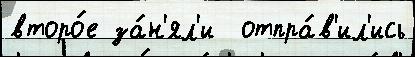
второ́е за́н'ял'и  отпра́в'ил'ись